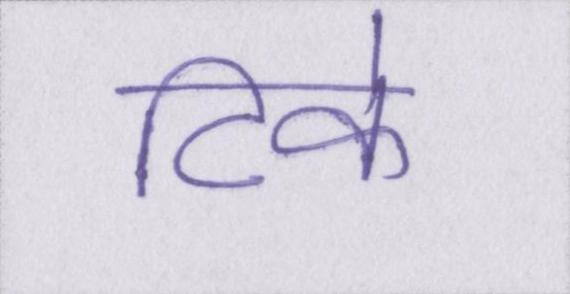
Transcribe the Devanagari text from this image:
टिके